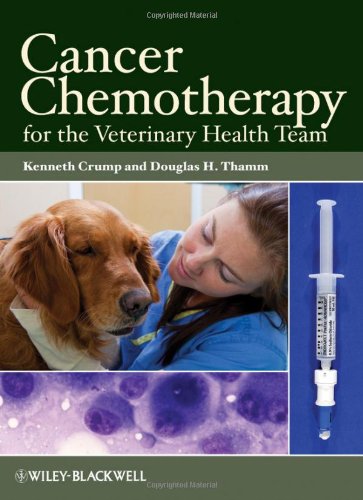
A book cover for Cancer Chemotherapy for the Veterinary Health Team; Medical Books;